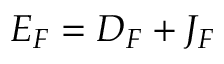
\begin{array} { r } { E _ { F } = D _ { F } + J _ { F } } \end{array}